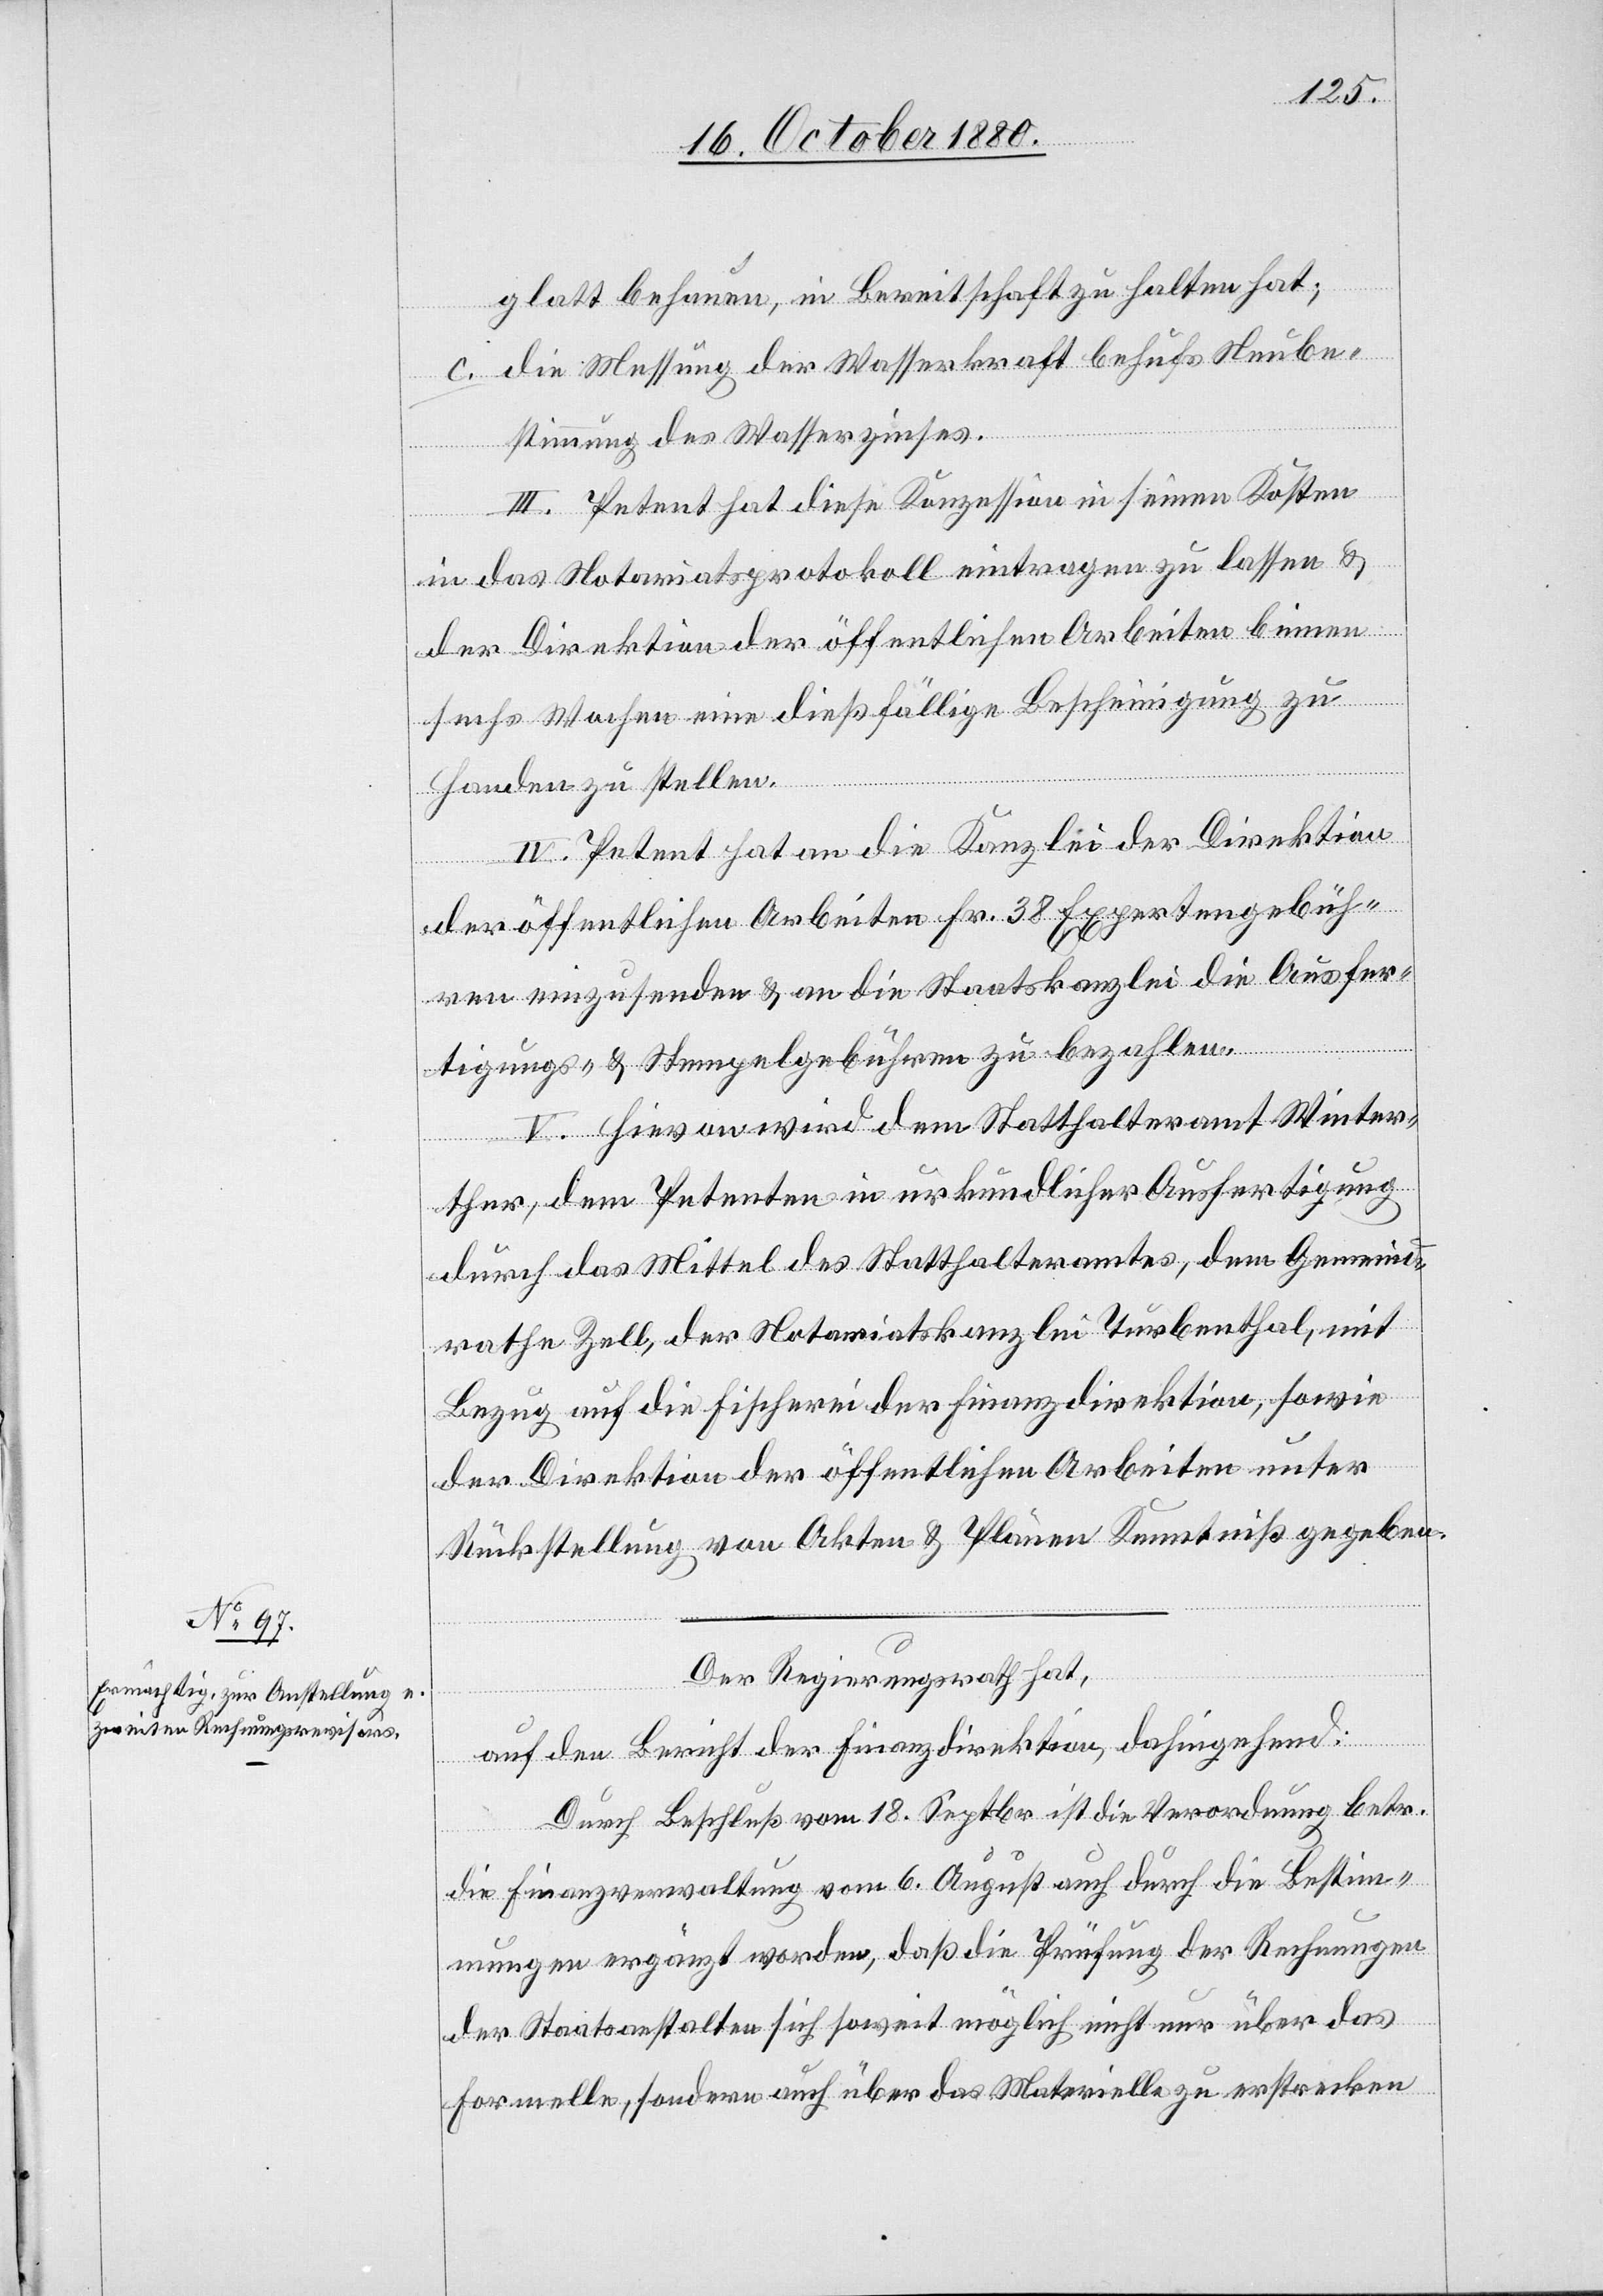
glatt behauen, in Bereitschaft zu halten hat;
c. die Messung der Wasserkraft behufs Neube¬
stimmung des Wasserzinses.
III. Petent hat diese Konzession in seinen Kosten
in das Notariatsprotokoll eintragen zu lassen &
der Direktion der öffentlichen Arbeiten binnen
sechs Wochen eine dießfällige Bescheinigung zu
Handen zu stellen.
IV. Petent hat an die Kanzlei der Direktion
der öffentlichen Arbeiten Fr. 38 Expertengebüh¬
ren einzusenden & an die Staatskanzlei die Ausfer¬
tigungs- & Stempelgebühren zu bezahlen.
V. Hievon wird dem Statthalteramt Winter¬
thur, dem Petenten in urkundlicher Ausfertigung
durch das Mittel des Statthalteramtes, dem Gemeind¬
rathe Zell, der Notariatskanzlei Turbenthal, mit
Bezug auf die Fischerei der Finanzdirektion, sowie
der Direktion der öffentlichen Arbeiten unter
Rückstellung von Akten & Plänen Kenntniß gegeben.
Der Regierungsrath hat,
auf den Bericht der Finanzdirektion, dahingehend:
Durch Beschluß vom 18. Septbr. ist die Verordnung betr.
die Finanzverwaltung vom 6. August auch durch die Bestim¬
mungen ergänzt worden, daß die Prüfung der Rechnungen
der Staatsanstalten sich soweit möglich nicht nur über das
Formelle, sondern auch über das Materielle zu erstrecken